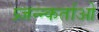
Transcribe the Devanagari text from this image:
प्र्जन्न्कर्ताओ